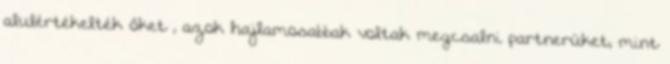
alulértékelték őket , azok hajlamosabbak voltak megcsalni partnerüket, mint